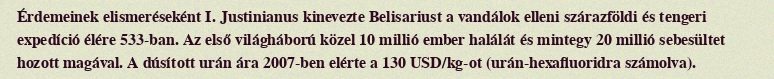
Érdemeinek elismeréseként I. Justinianus kinevezte Belisariust a vandálok elleni szárazföldi és tengeri expedíció élére 533-ban. Az első világháború közel 10 millió ember halálát és mintegy 20 millió sebesültet hozott magával. A dúsított urán ára 2007-ben elérte a 130 USD/kg-ot (urán-hexafluoridra számolva).